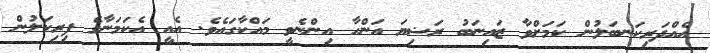
އެއްދަރިކަނބަލުން ކަމަށްވާ ޒައިނަބު ރަޟިޔަ އަންހާ އިންނެވީ މައްކާގައެވެ. އެއީ އެކަމަނާގެ ފިރިކަލުން